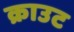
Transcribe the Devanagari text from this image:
क्राउट